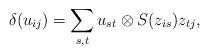
LaTeX: \begin{align*}\delta(u_{ij}) = \sum_{s,t} u_{st} \otimes S(z_{is})z_{tj},\end{align*}